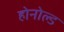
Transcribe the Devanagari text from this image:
होनोल्ड